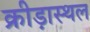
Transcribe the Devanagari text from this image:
क्रीड़ास्‍थल